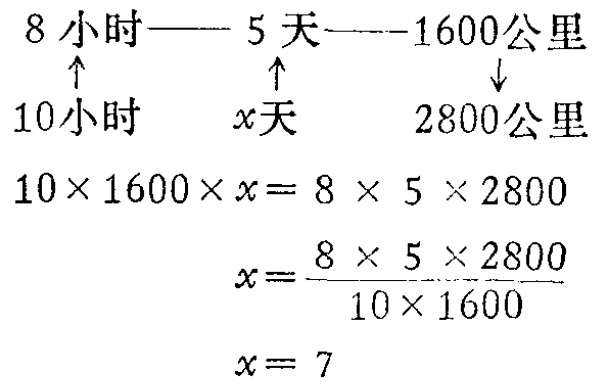
8小时——5天——1600公里

$\uparrow$ $\uparrow$ $\downarrow$

10小时 $x$天 2800公里

$10\times 1600\times x = 8\times 5\times 2800$

$x=\frac{8\times 5\times 2800}{10\times 1600}$

$x = 7$